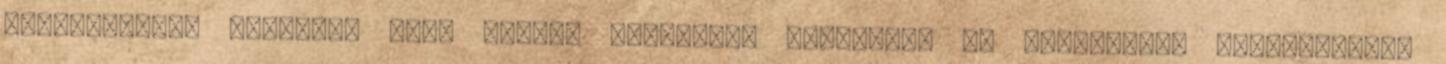
provider-hez Session: szál szintű környezet küldéshez és fogadáshoz Destination: